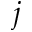
j